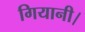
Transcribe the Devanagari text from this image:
गियानी।